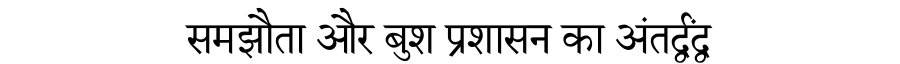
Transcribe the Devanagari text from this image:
समझौता और बुश प्रशासन का अंतर्द्वंद्व